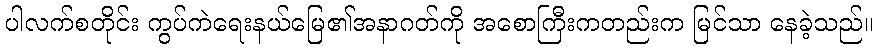
ပါလက်စတိုင်း ကွပ်ကဲရေးနယ်မြေ၏အနာဂတ်ကို အစောကြီးကတည်းက မြင်သာ နေခဲ့သည်။